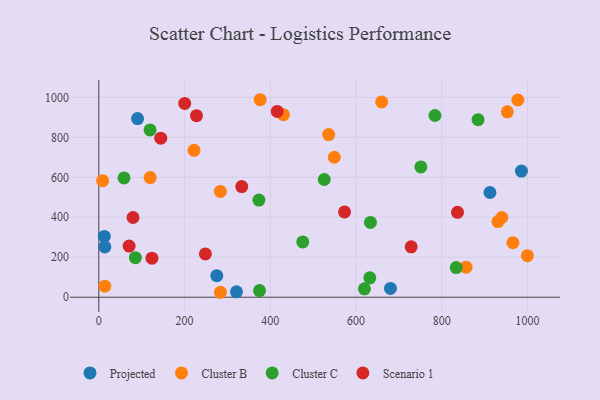
{"axis": {"x": "Price", "y": "Demand"}, "legend": ["Cluster B", "Cluster C", "Projected", "Scenario 1"], "data": [{"x": "321.1", "y": 27.1, "type": "Projected"}, {"x": "912.3", "y": 524.0, "type": "Projected"}, {"x": "12.8", "y": 304.4, "type": "Projected"}, {"x": "90.4", "y": 893.6, "type": "Projected"}, {"x": "680.2", "y": 44.2, "type": "Projected"}, {"x": "985.7", "y": 631.1, "type": "Projected"}, {"x": "275.2", "y": 107.6, "type": "Projected"}, {"x": "14.2", "y": 251.8, "type": "Projected"}, {"x": "931.0", "y": 378.5, "type": "Cluster B"}, {"x": "977.4", "y": 986.6, "type": "Cluster B"}, {"x": "856.6", "y": 150.5, "type": "Cluster B"}, {"x": "952.9", "y": 927.4, "type": "Cluster B"}, {"x": "283.6", "y": 24.8, "type": "Cluster B"}, {"x": "965.9", "y": 272.5, "type": "Cluster B"}, {"x": "119.8", "y": 598.7, "type": "Cluster B"}, {"x": "14.0", "y": 55.5, "type": "Cluster B"}, {"x": "940.0", "y": 398.9, "type": "Cluster B"}, {"x": "8.9", "y": 583.0, "type": "Cluster B"}, {"x": "430.6", "y": 913.3, "type": "Cluster B"}, {"x": "376.4", "y": 988.1, "type": "Cluster B"}, {"x": "283.5", "y": 529.1, "type": "Cluster B"}, {"x": "536.1", "y": 813.6, "type": "Cluster B"}, {"x": "549.2", "y": 700.3, "type": "Cluster B"}, {"x": "659.7", "y": 977.0, "type": "Cluster B"}, {"x": "222.1", "y": 735.1, "type": "Cluster B"}, {"x": "999.6", "y": 207.7, "type": "Cluster B"}, {"x": "525.8", "y": 589.1, "type": "Cluster C"}, {"x": "784.0", "y": 909.3, "type": "Cluster C"}, {"x": "633.6", "y": 374.3, "type": "Cluster C"}, {"x": "374.9", "y": 33.5, "type": "Cluster C"}, {"x": "619.6", "y": 42.0, "type": "Cluster C"}, {"x": "884.6", "y": 888.4, "type": "Cluster C"}, {"x": "833.6", "y": 148.3, "type": "Cluster C"}, {"x": "751.2", "y": 652.1, "type": "Cluster C"}, {"x": "58.8", "y": 597.1, "type": "Cluster C"}, {"x": "475.7", "y": 276.6, "type": "Cluster C"}, {"x": "119.5", "y": 836.9, "type": "Cluster C"}, {"x": "373.5", "y": 486.1, "type": "Cluster C"}, {"x": "632.1", "y": 97.1, "type": "Cluster C"}, {"x": "85.3", "y": 197.9, "type": "Cluster C"}, {"x": "573.2", "y": 426.9, "type": "Scenario 1"}, {"x": "836.6", "y": 424.9, "type": "Scenario 1"}, {"x": "144.5", "y": 795.6, "type": "Scenario 1"}, {"x": "227.8", "y": 908.4, "type": "Scenario 1"}, {"x": "333.4", "y": 553.5, "type": "Scenario 1"}, {"x": "200.3", "y": 969.5, "type": "Scenario 1"}, {"x": "248.6", "y": 216.6, "type": "Scenario 1"}, {"x": "124.0", "y": 195.4, "type": "Scenario 1"}, {"x": "79.8", "y": 399.0, "type": "Scenario 1"}, {"x": "416.2", "y": 929.6, "type": "Scenario 1"}, {"x": "728.6", "y": 252.4, "type": "Scenario 1"}, {"x": "70.7", "y": 255.9, "type": "Scenario 1"}]}